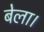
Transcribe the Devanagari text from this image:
बेला।